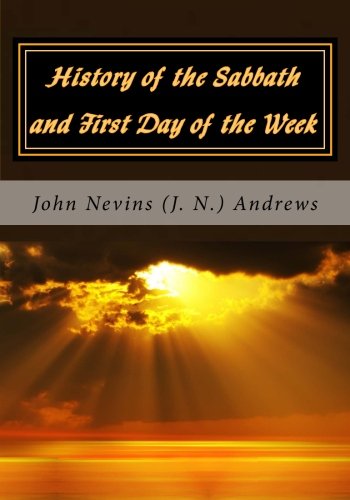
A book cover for History of the Sabbath and First Day of the Week; John Nevins (J. N.) Andrews; Christian Books & Bibles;